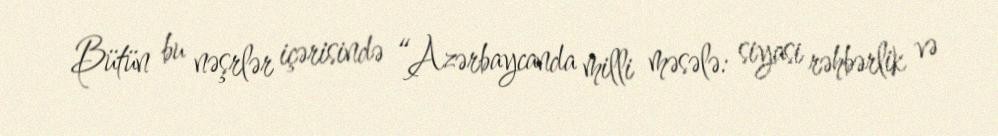
Bütün bu nəşrlər içərisində “Azərbaycanda milli məsələ: siyasi rəhbərlik və